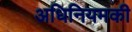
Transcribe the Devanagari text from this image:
अधिनियमकी